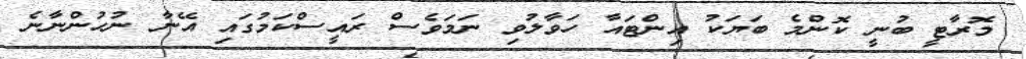
މޮރާޓީ ބުނީ ކޮންމެ ބަޔަކު އިންޓައާ ހަވާލުވި ނަމަވެސް ރައީސްކަމުގައި އޭނާ ނުހުންނާނެ